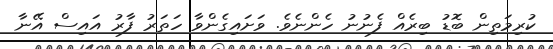
ކުރިމަތިން ބޮޑު ބިރެއް ފެނުނު ހެންނެވެ. ވަށައިގެންވާ ހަތަރު ފާރު އައިސް އޭނާ